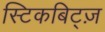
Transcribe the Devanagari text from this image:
स्टिकबिट्ज़